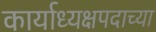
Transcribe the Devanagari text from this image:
कार्याध्यक्षपदाच्या